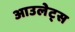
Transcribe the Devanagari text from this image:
आउलेट्स